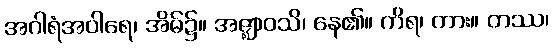
အဂါရံအဝါရေ၊ အိမ်၌။ အဇ္ဈာဝသိ၊ နေ၏။ ကိရ၊ ကား။ တဿ၊